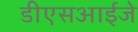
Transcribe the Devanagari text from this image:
डीएसआईजे